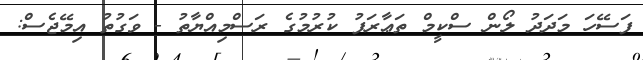
ފަސޭހަ މަދަދު ލޯން ސްކީމް ތަޢާރަފު ކުރުމުގެ ރަސްމިއްޔާތު - ވަގުތު އިމޭޖެސް: